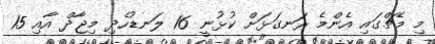
މި މެޗްގައި އެންމެ ރަނގަޅަށް ކުޅުނީ 16 ލަނޑުހެދި މިޖާދް އާއި 15